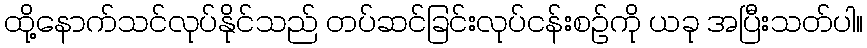
ထို့နောက်သင်လုပ်နိုင်သည် တပ်ဆင်ခြင်းလုပ်ငန်းစဉ်ကို ယခု အပြီးသတ်ပါ။